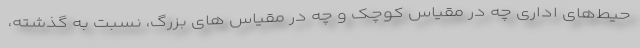
حیط‌های اداری چه در مقیاس کوچک و چه در مقیاس های بزرگ، نسبت به گذشته،